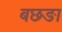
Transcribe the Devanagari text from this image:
बछङा